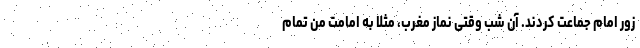
زور امام جماعت کردند. آن شب وقتی نماز مغرب، مثلا به امامت من تمام